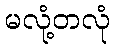
မလုံ့တလုံ